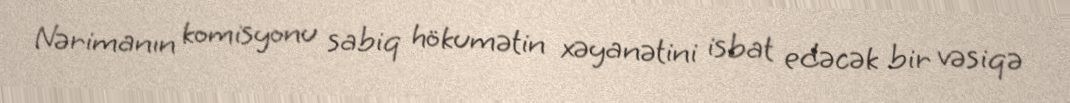
Nərimanın komisyonu sabiq hökumətin xəyanətini isbat edəcək bir vəsiqə